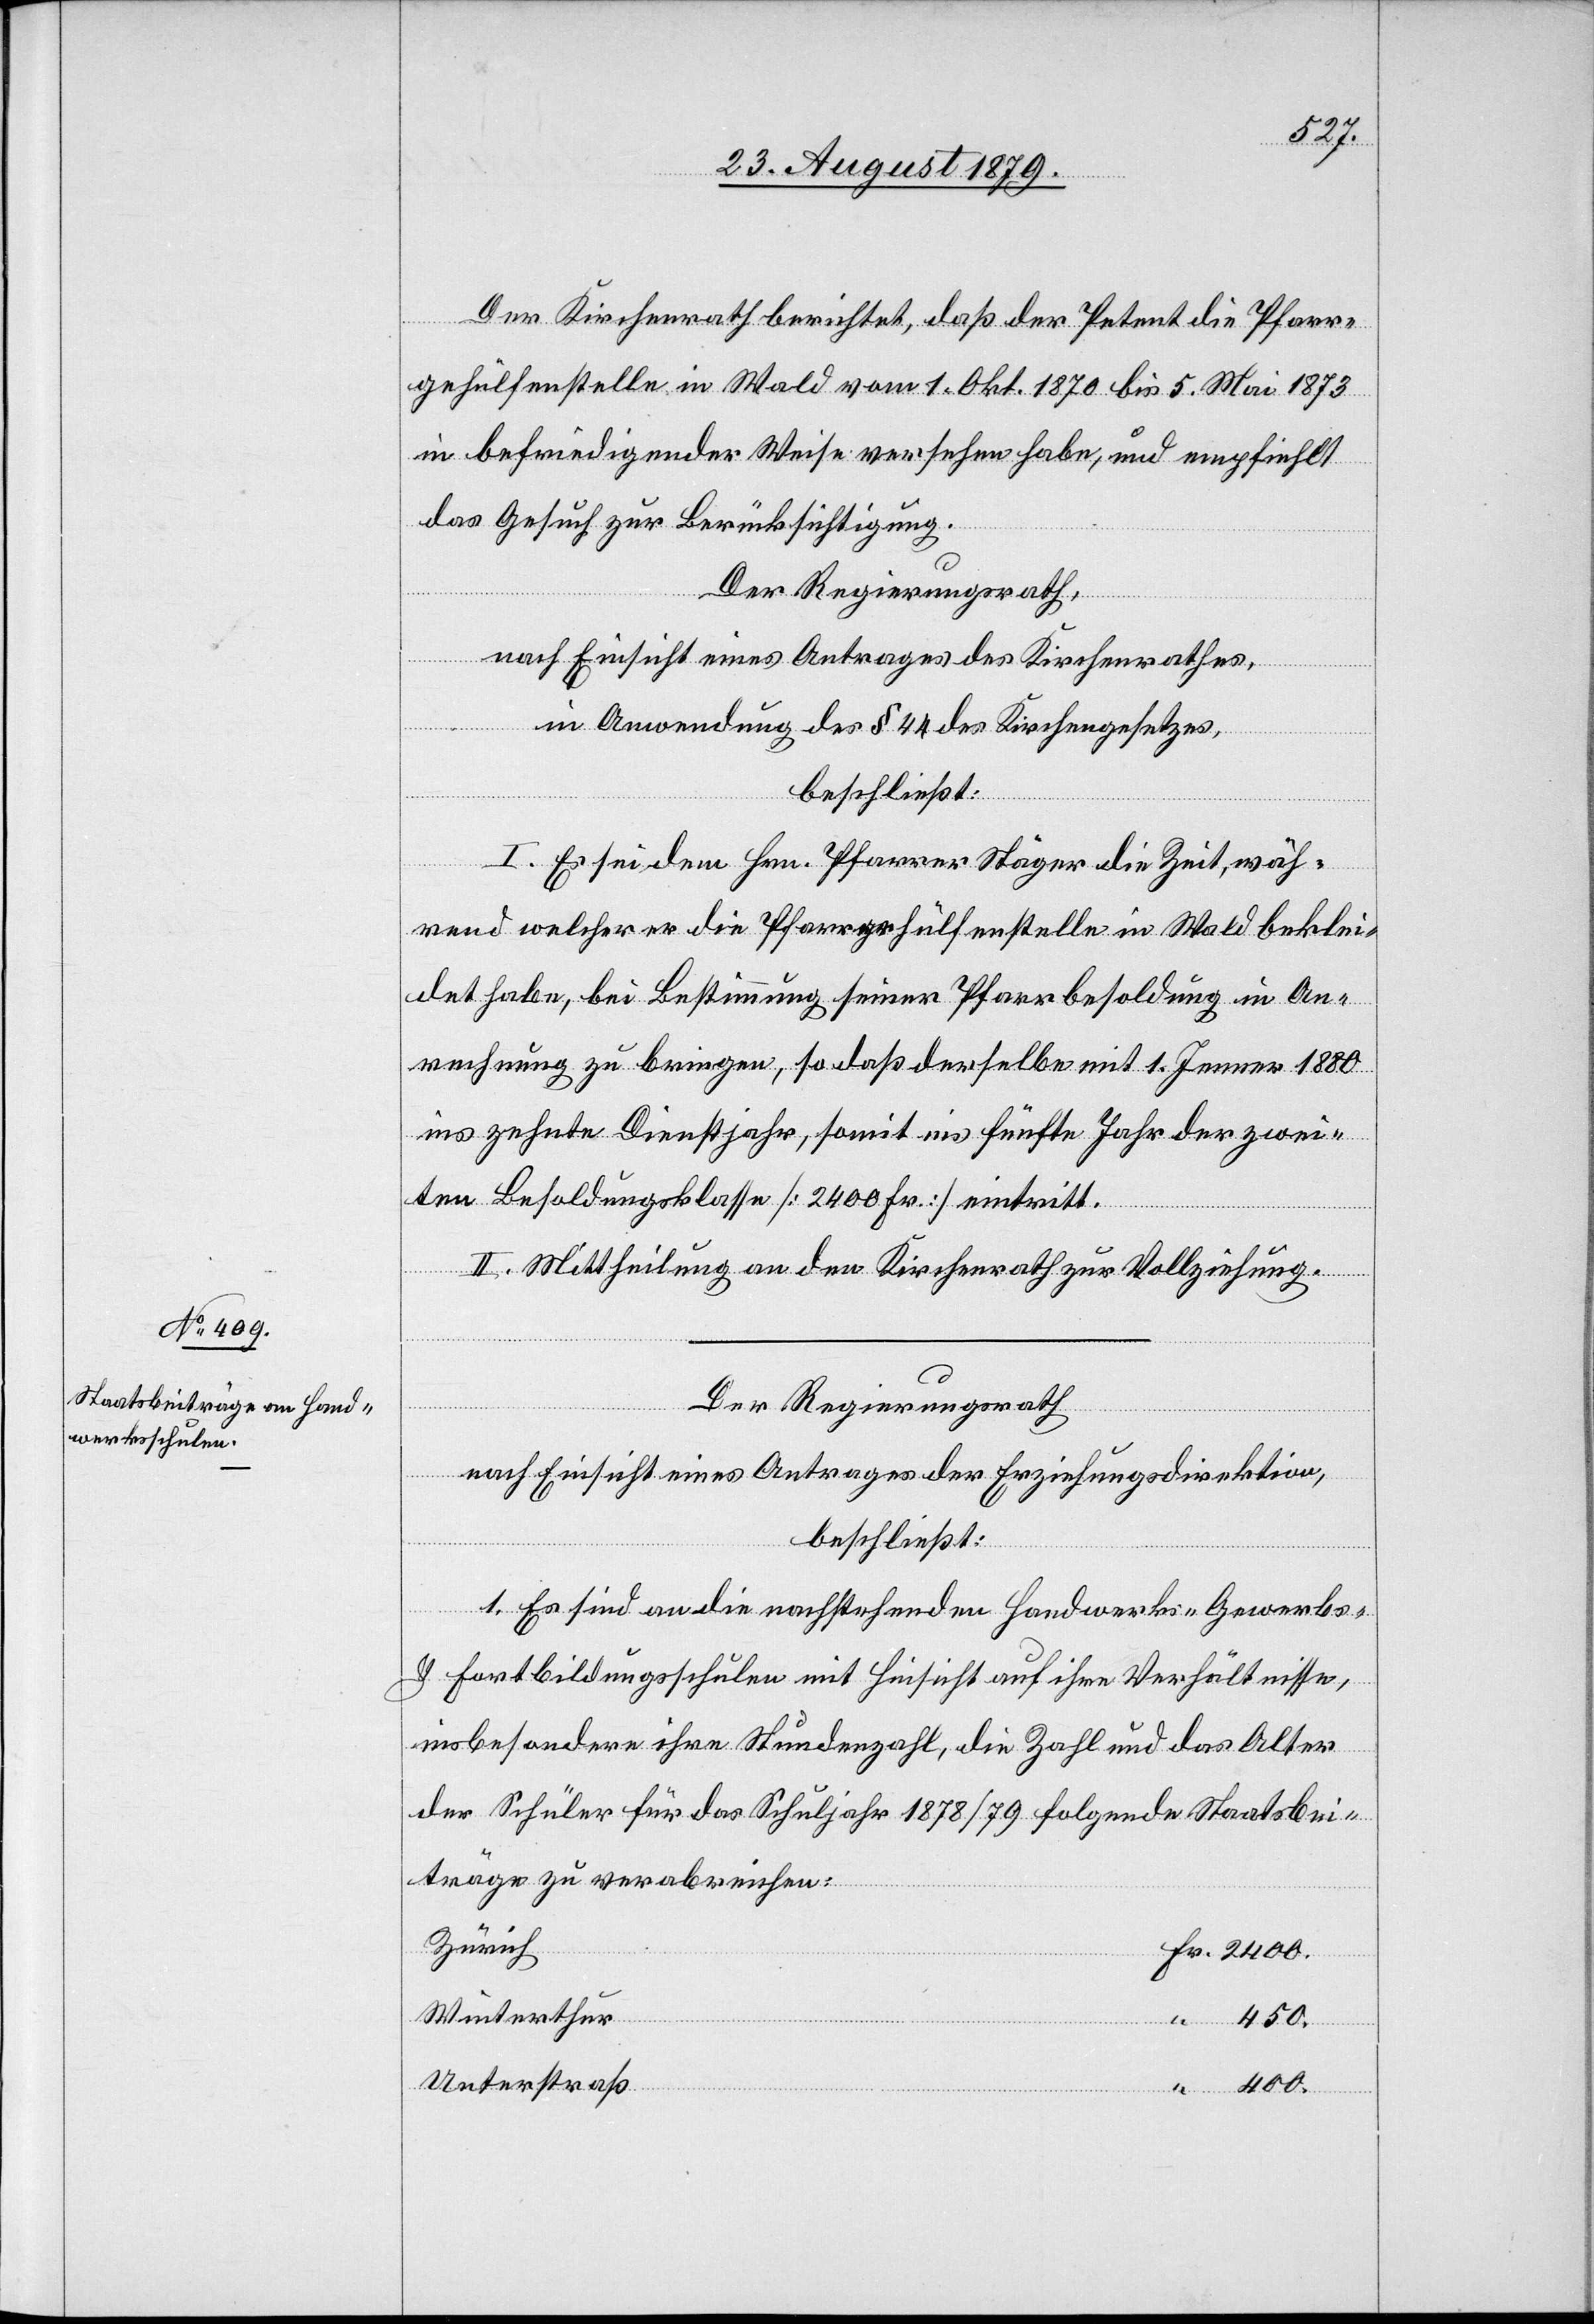
450.
Der Kirchenrath berichtet, daß der Petent die Pfarr¬
gehülfenstelle in Wald vom 1. Okt. 1870 bis 5. Mai 1873
in befriedigender Weise versehen habe, und empfiehlt
das Gesuch zur Berücksichtigung.
Der Regierungsrath,
nach Einsicht eines Antrages des Kirchenrathes,
in Anwendung des § 44 des Kirchengesetzes,
beschließt:
“
I. Es sei dem Hrn. Pfarrer Stäger die Zeit, wäh¬
rend welcher er die Pfarrgehülfenstelle in Wald beklei¬
det habe, bei Bestimmung seiner Pfarrbesoldung in An¬
rechnung zu bringen, so daß derselbe mit 1. Jenner 1880
ins zehnte Dienstjahr, somit ins fünfte Jahr der zwei¬
ten Besoldungsklasse [2400 Fr.] eintritt.
II. Mittheilung an den Kirchenrath zur Vollziehung.
Der Regierungsrath
nach Einsicht eines Antrages der Erziehungsdirektion,
beschließt:
1. Es sind an die nachstehenden Handwerks-[,] Gewerbs
& Fortbildungsschulen mit Hinsicht auf ihre Verhältnisse,
insbesondere ihre Stundenzahl, die Zahl und das Alter
der Schüler für das Schuljahr 1878/79 folgende Staatsbei¬
Fr.
träge zu verabreichen:
Zürich
Winterthur
Unterstraß